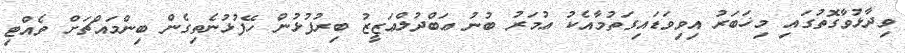
ވިދާޅުވާގޮތުގައި މިޚަބަރު އިވިވަޑައިގަތުމާއެކު ޢުމަރު ބުނު ޢަބްދުލްޢަޒީޒު ބިރުފުޅުން ހޭފުޅުނެތިގެން ބިންމައްޗަށް ވެއްޓި